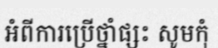
អំពីការប្រើថ្នាំផ្សះ សូមកុំ